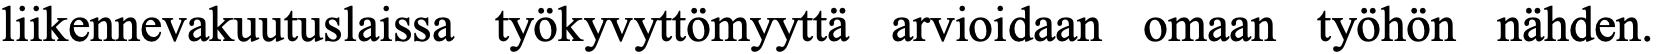
liikennevakuutuslaissa työkyvyttömyyttä arvioidaan omaan työhön nähden.